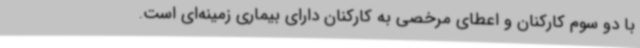
با دو سوم کارکنان و اعطای مرخصی به کارکنان دارای بیماری زمینه‌ای است.